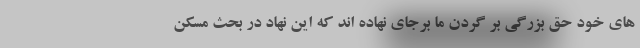
های خود حق بزرگی بر گردن ما برجای نهاده اند که این نهاد در بحث مسکن